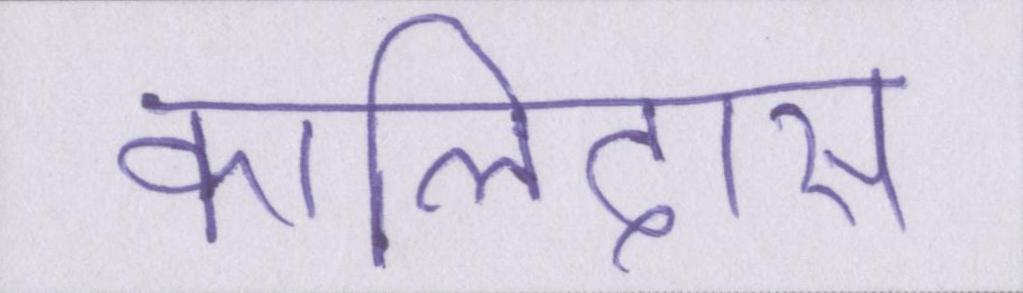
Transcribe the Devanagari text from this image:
कालिदास